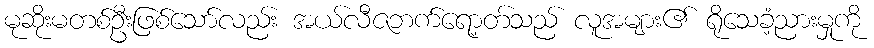
မုဆိုးမတစ်ဦးဖြစ်သော်လည်း အယ်လီဇဘက်ရော့တ်သည် လူအများ၏ ရိုသေခံ့ညားမှုကို